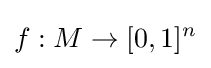
f:M\rightarrow [0,1]^{n}